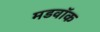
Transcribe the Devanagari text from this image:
मडवॉक